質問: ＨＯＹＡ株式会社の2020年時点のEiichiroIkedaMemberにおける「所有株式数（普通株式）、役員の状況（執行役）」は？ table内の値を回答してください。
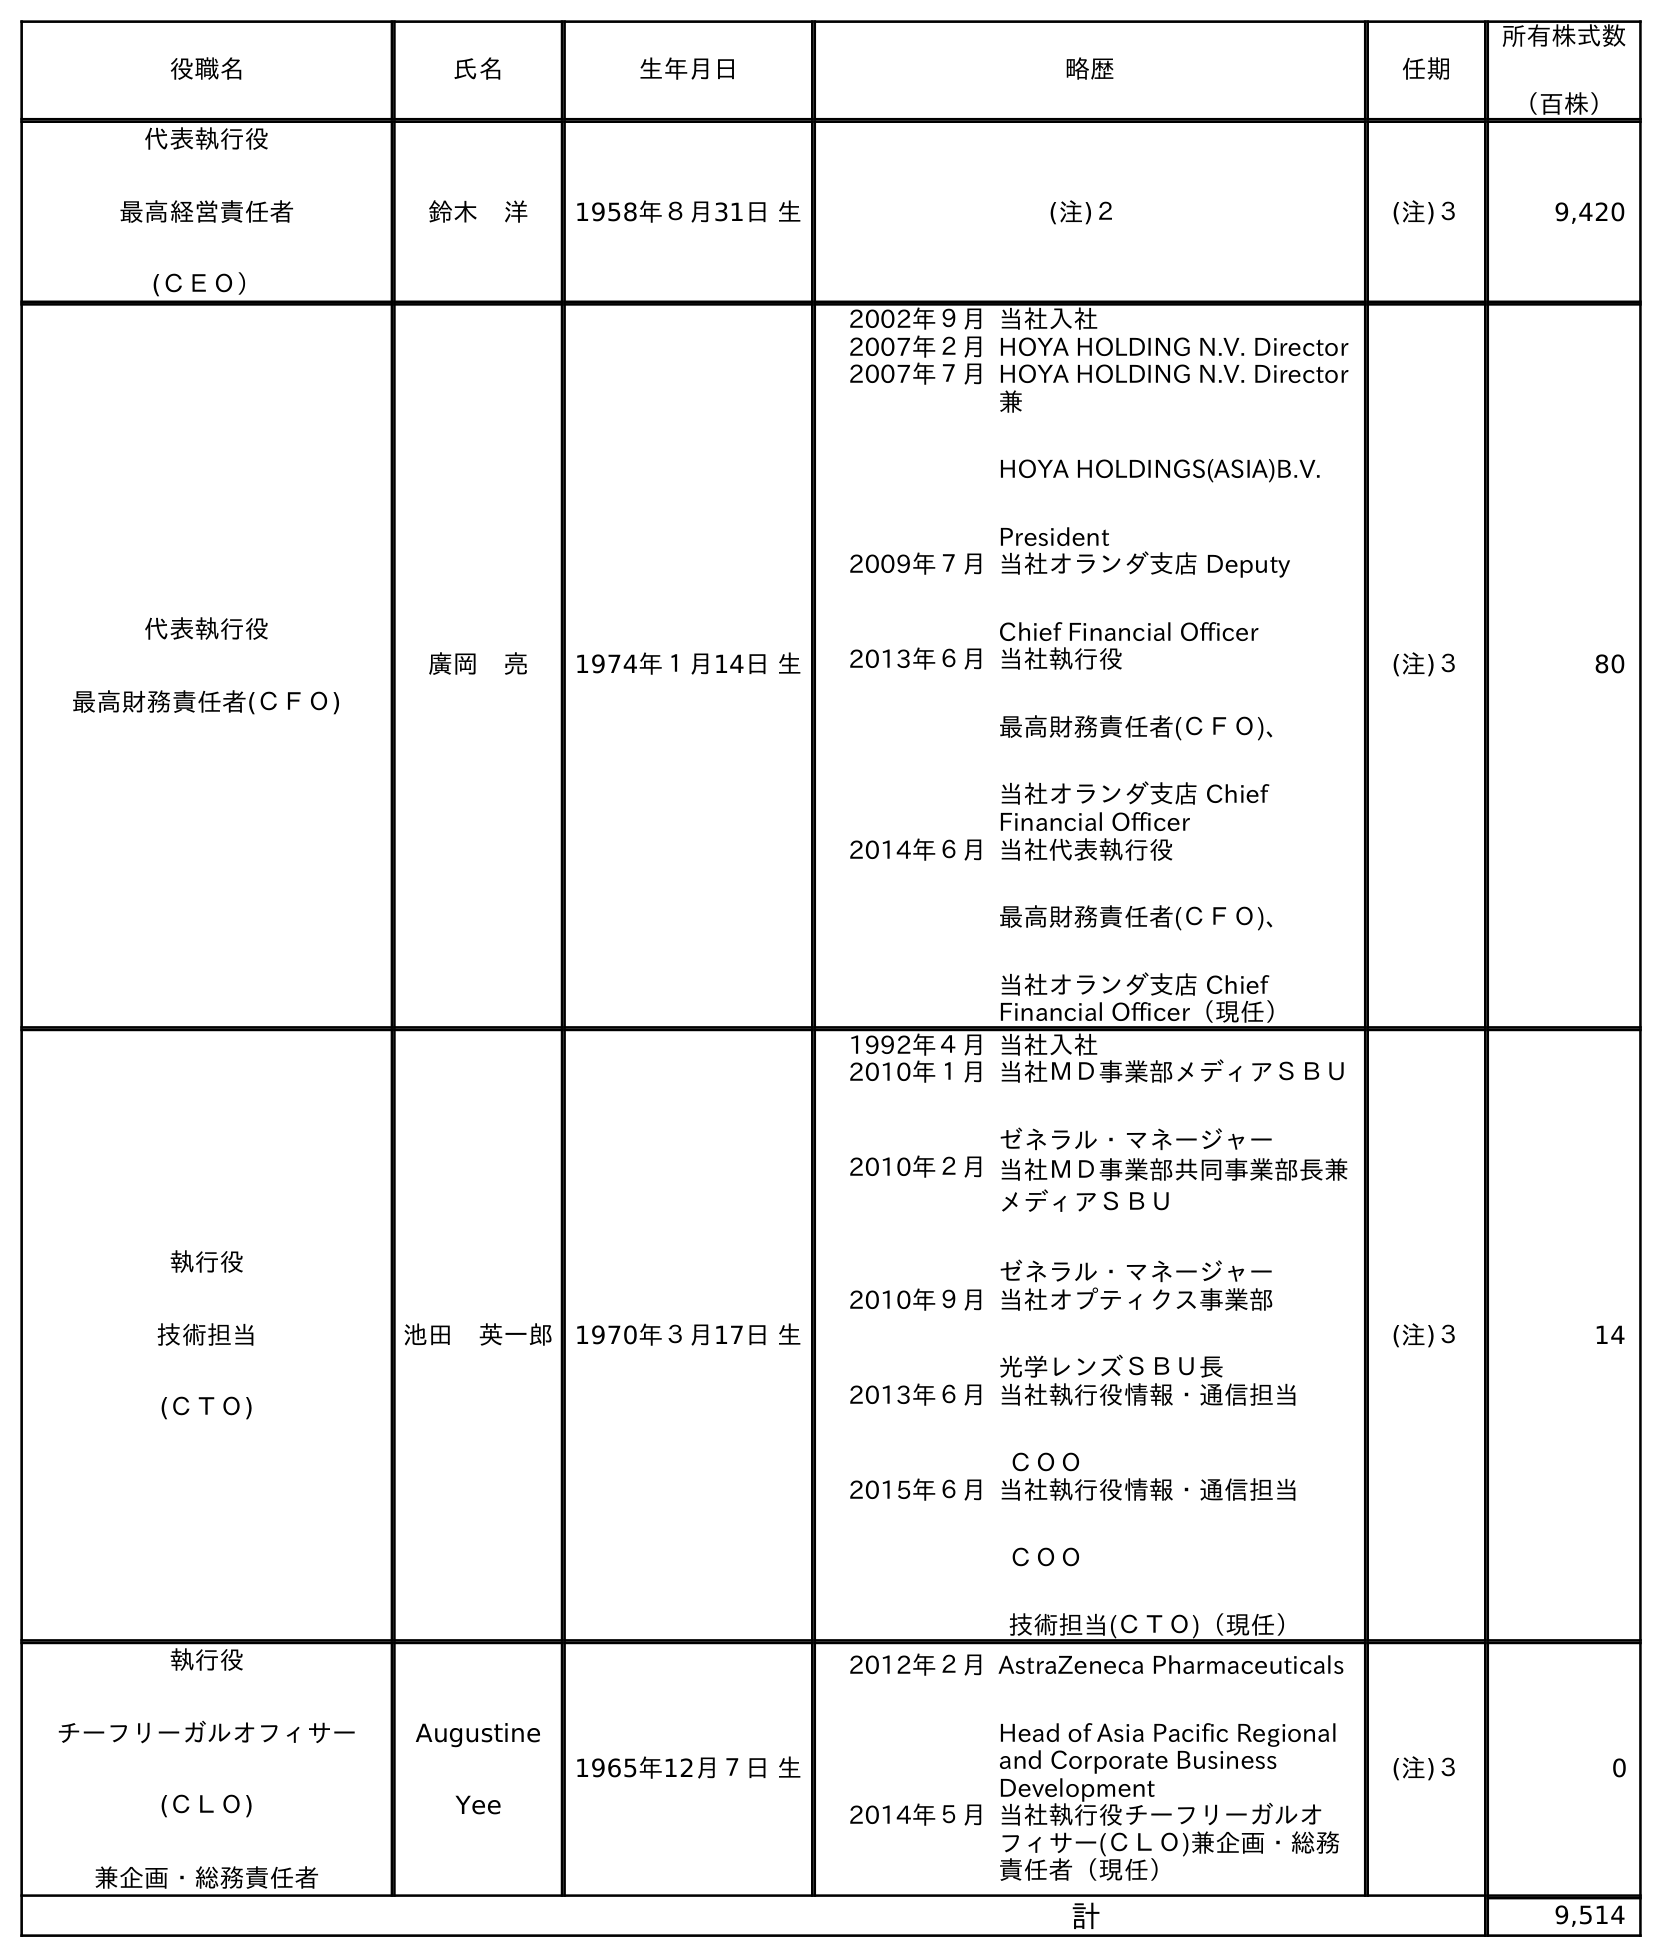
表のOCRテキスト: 役職名 氏名 生年月日 略歴 任期 所有株式数 （百株） 代表執行役 最高経営責任者 (ＣＥＯ） 鈴木 洋 1958年８月31日 生 (注)２ (注)３ 9,420 代表執行役 最高財務責任者(ＣＦＯ) 廣岡 亮 1974年１月14日 生 2002年９月当社入社 2007年２月HOYA HOLDING N.V. Director 2007年７月HOYA HOLDING N.V. Director 兼 HOYA HOLDINGS(ASIA)B.V. President 2009年７月当社オランダ支店 Deputy Chief Financial Officer 2013年６月当社執行役 最高財務責任者(ＣＦＯ)、 当社オランダ支店 Chief Financial Officer 2014年６月当社代表執行役 最高財務責任者(ＣＦＯ)、 当社オランダ支店 Chief Financial Officer（現任） (注)３ 80 執行役 技術担当 (ＣＴＯ) 池田 英一郎 1970年３月17日 生 1992年４月当社入社 2010年１月当社ＭＤ事業部メディアＳＢＵ ゼネラル・マネージャー 2010年２月当社ＭＤ事業部共同事業部長兼 メディアＳＢＵ ゼネラル・マネージャー 2010年９月当社オプティクス事業部 光学レンズＳＢＵ長 2013年６月当社執行役情報・通信担当 ＣＯＯ 2015年６月当社執行役情報・通信担当 ＣＯＯ 技術担当(ＣＴＯ)（現任） (注)３ 14 執行役 チーフリーガルオフィサー (ＣＬＯ) 兼企画・総務責任者 Augustine Yee 1965年12月７日 生 2012年２月AstraZeneca Pharmaceuticals Head of Asia Pacific Regional and Corporate Business Development 2014年５月当社執行役チーフリーガルオ フィサー(ＣＬＯ)兼企画・総務 責任者（現任） (注)３ 0 計 9,514
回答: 14